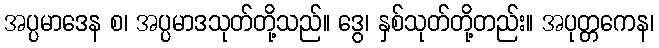
အပ္ပမာဒေန စ၊ အပ္ပမာဒသုတ်တို့သည်။ ဒွေ၊ နှစ်သုတ်တို့တည်း။ အပုတ္တကေန၊